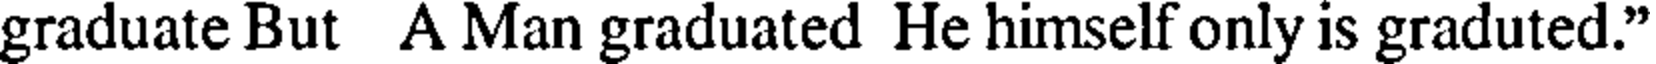
graduate But A Man graduated He himself only is graduted."